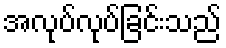
အလုပ်လုပ်ခြင်းသည်